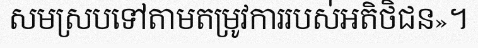
សមស្របទៅតាមតម្រូវការរបស់អតិថិជន»។